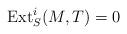
LaTeX: \begin{align*}\operatorname{Ext}^i_{S}(M,T) =0 \end{align*}